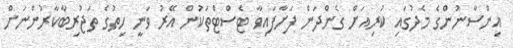
އިންސާނުންގެ މެދުގައި ކުރިއަށް ގެންދަން ފަށާފައިވާ ޓެސްޓްތަކުން އޭރު ވަނީ ހިތުގެ ތަޖުރިބާކާރުންނަށް